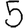
Digit: 5